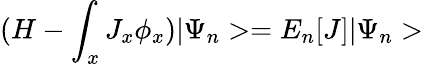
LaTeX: (H-\int_{x}J_{x}\phi_{x})|\Psi_{n}>=E_{n}[J]|\Psi_{n}>